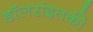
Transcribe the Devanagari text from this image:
डॉलरांइतकी